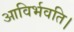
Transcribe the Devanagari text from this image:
आविर्भवति।